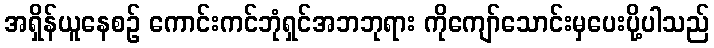
အရှိန်ယူနေစဉ် ကောင်းကင်ဘုံရှင်အဘဘုရား ကိုကျော်သောင်းမှပေးပို့ပါသည်